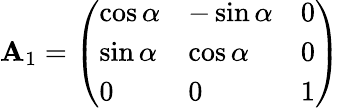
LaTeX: \mathbf{A}_{1}={\left(\begin{array}{lll}{\cos\alpha}&{-\sin\alpha}&{0}\\ {\sin\alpha}&{\cos\alpha}&{0}\\ {0}&{0}&{1}\end{array}\right)}